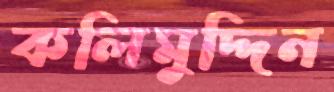
কলিমুদ্দিন